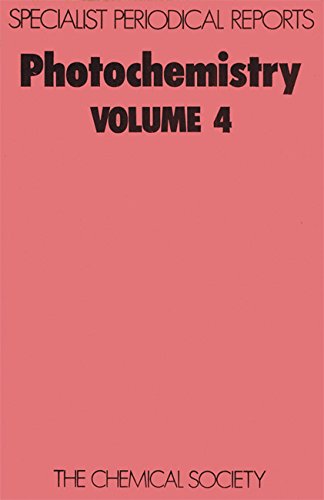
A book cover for Photochemistry (Specialist Periodical Reports); Science & Math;